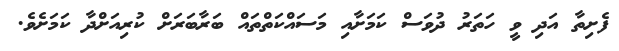
ފެށިތާ އަދި ވީ ހަތަރު ދުވަސް ކަމަށާއި މަސައްކަތްތައް ބަރާބަރަށް ކުރިއަށްދާ ކަމަށެވެ.